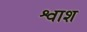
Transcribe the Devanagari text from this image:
श्वाश